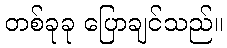
တစ်ခုခု ပြောချင်သည်။